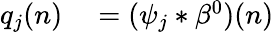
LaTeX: \begin{array}{rl}{q_{j}(n)}&{{}=(\psi_{j}*\beta^{0})(n)}\end{array}